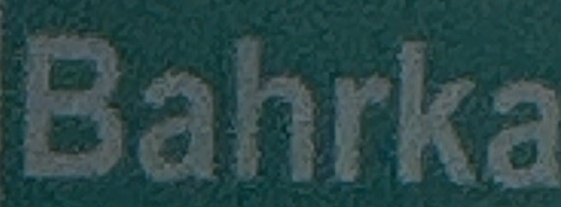
Bahrka